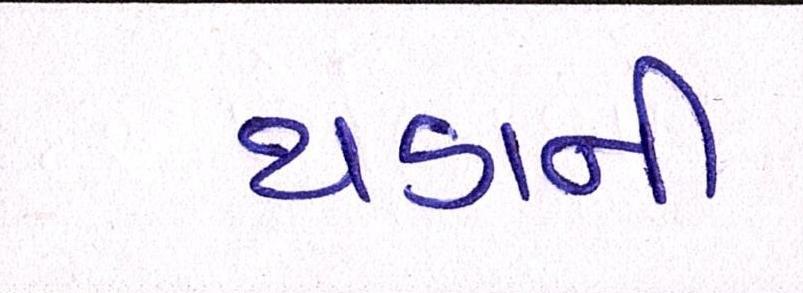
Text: થડાની